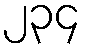
၂၃၄